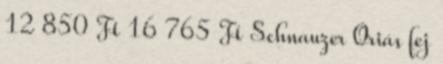
12 850 Ft 16 765 Ft Schnauzer Óriás fej